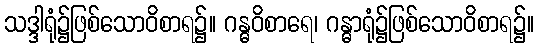
သဒ္ဒါရုံ၌ဖြစ်သောဝိစာရ၌။ ဂန္ဓဝိစာရေ၊ ဂန္ဓာရုံ၌ဖြစ်သောဝိစာရ၌။